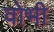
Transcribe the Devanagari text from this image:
वोभी